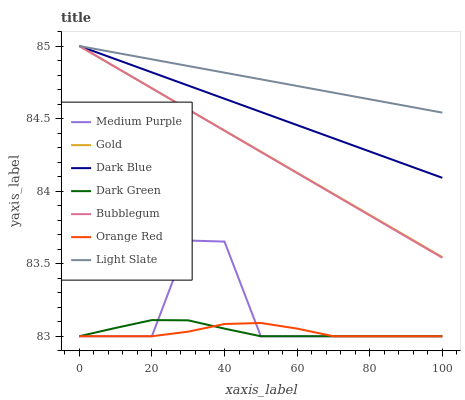
| xaxis_label | Medium Purple | Gold | Dark Blue | Dark Green | Bubblegum | Orange Red | Light Slate |
 | --- | --- | --- | --- | --- | --- | --- | --- |
 | 0 | 83 | 85 | 85 | 83 | 85 | 83 | 85 |
 | 10 | 83 | 84.9 | 84.9 | 83.1 | 84.9 | 83 | 85 |
 | 20 | 83 | 84.7 | 84.8 | 83.1 | 84.7 | 83 | 84.9 |
 | 30 | 83.7 | 84.6 | 84.7 | 83.1 | 84.6 | 83 | 84.9 |
 | 40 | 83.7 | 84.4 | 84.6 | 83.1 | 84.4 | 83.1 | 84.8 |
 | 50 | 83 | 84.3 | 84.5 | 83 | 84.3 | 83.1 | 84.8 |
 | 60 | 83 | 84.1 | 84.5 | 83 | 84.1 | 83.1 | 84.7 |
 | 70 | 83 | 84 | 84.4 | 83 | 84 | 83 | 84.7 |
 | 80 | 83 | 83.8 | 84.3 | 83 | 83.8 | 83 | 84.6 |
 | 90 | 83 | 83.7 | 84.2 | 83 | 83.7 | 83 | 84.6 |
 | 100 | 83 | 83.5 | 84.1 | 83 | 83.5 | 83 | 84.5 |